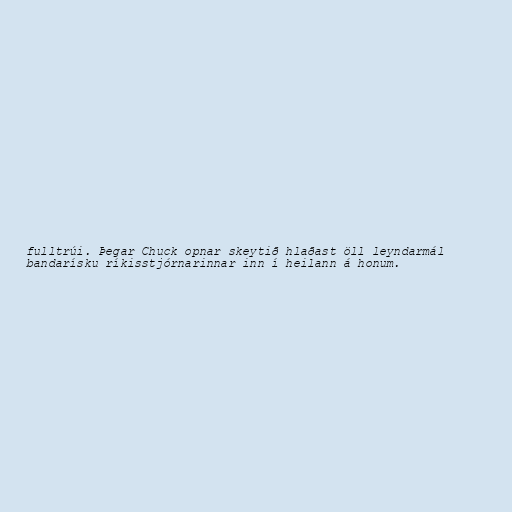
fulltrúi. Þegar Chuck opnar skeytið hlaðast öll leyndarmál
bandarísku ríkisstjórnarinnar inn í heilann á honum.